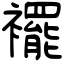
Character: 襬